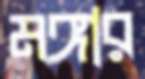
মঙ্গার